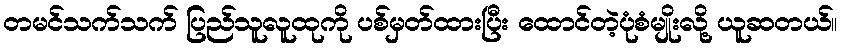
တမင်သက်သက် ပြည်သူလူထုကို ပစ်မှတ်ထားပြီး ထောင်တဲ့ပုံစံမျိုးလို့ ယူဆတယ်။